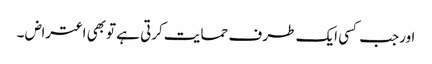
اورجب کسی ایک طر ف حمایت کرتی ہے توبھی اعتراض ۔